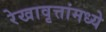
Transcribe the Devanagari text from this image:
रेखावृत्तांमध्ये